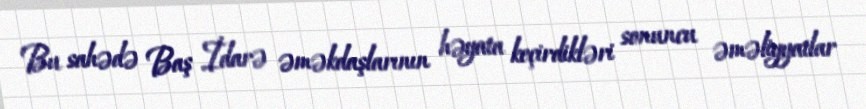
Bu sahədə Baş İdarə əməkdaşlarının həyata keçirdikləri sonuncu əməliyyatlar